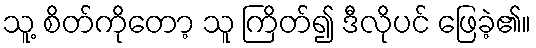
သူ့ စိတ်ကိုတော့ သူ ကြိတ်၍ ဒီလိုပင် ဖြေခဲ့၏။